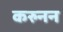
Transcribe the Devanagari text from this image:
करुनन